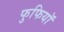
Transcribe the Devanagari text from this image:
फुफियाॅ